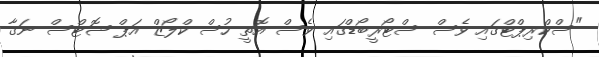
"ސްކްރިޕްޓްގައި ވެސް ސްޓޯރީބޯޑްގައި ވެސް އޮތީ ހުސް ކްލޯޒް އަޕް ޝޮޓްސް ނަގާ